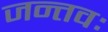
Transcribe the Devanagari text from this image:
जन्तवः